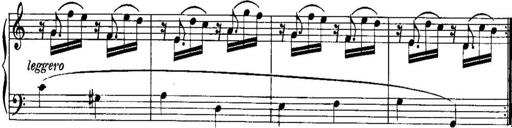
Title: Piano Sonatina No.1, Op.146
Composer: Stephen Heller